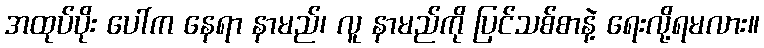
အထုပ်ပိုး ပေါ်က နေရာ နာမည်၊ လူ နာမည်ကို ပြင်သစ်စာနဲ့ ရေးလို့ရမလား။